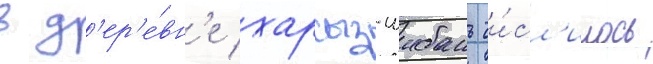
в д'ер'е́вн'е харсыз-шибань чи́сл'илось